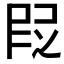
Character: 𬻷